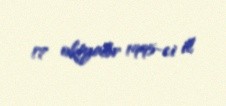
17 oktyabr 1995-ci il